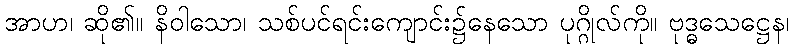
အာဟ၊ ဆို၏။ နိဝါသော၊ သစ်ပင်ရင်းကျောင်း၌နေသော ပုဂ္ဂိုလ်ကို။ ဗုဒ္ဓသေဋ္ဌေန၊